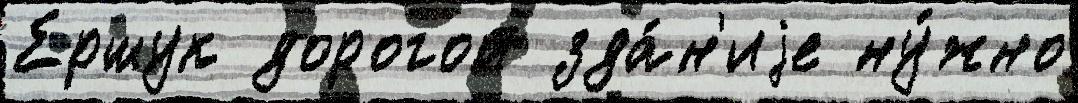
Ершук дорогой зда́н'иjе ну́жно